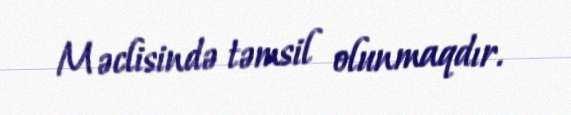
Məclisində təmsil olunmaqdır.